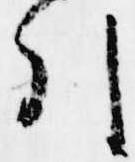
引